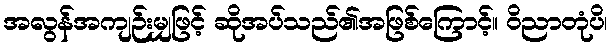
အလွန်အကျဉ်းမျှဖြင့် ဆိုအပ်သည်၏အဖြစ်ကြောင့်။ ဝိညာတုံပိ၊